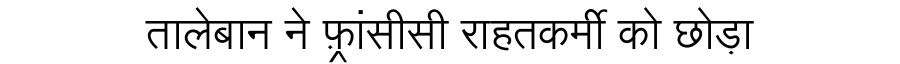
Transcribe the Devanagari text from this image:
तालेबान ने फ़्रांसीसी राहतकर्मी को छोड़ा